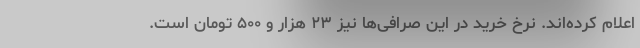
اعلام کرده‌اند. نرخ خرید در این صرافی‌ها نیز ۲۳ هزار و ۵۰۰ تومان است.